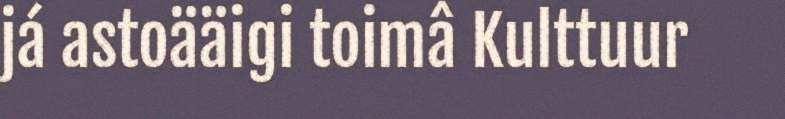
já astoääigi toimâ Kulttuur